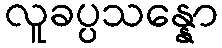
လူခပ္ပသန္နော